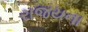
રાજયના